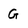
Character: G